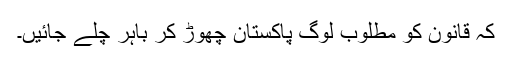
کہ قانون کو مطلوب لوگ پاکستان چھوڑ کر باہر چلے جائیں۔